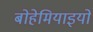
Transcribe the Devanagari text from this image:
बोहेमियाइयों